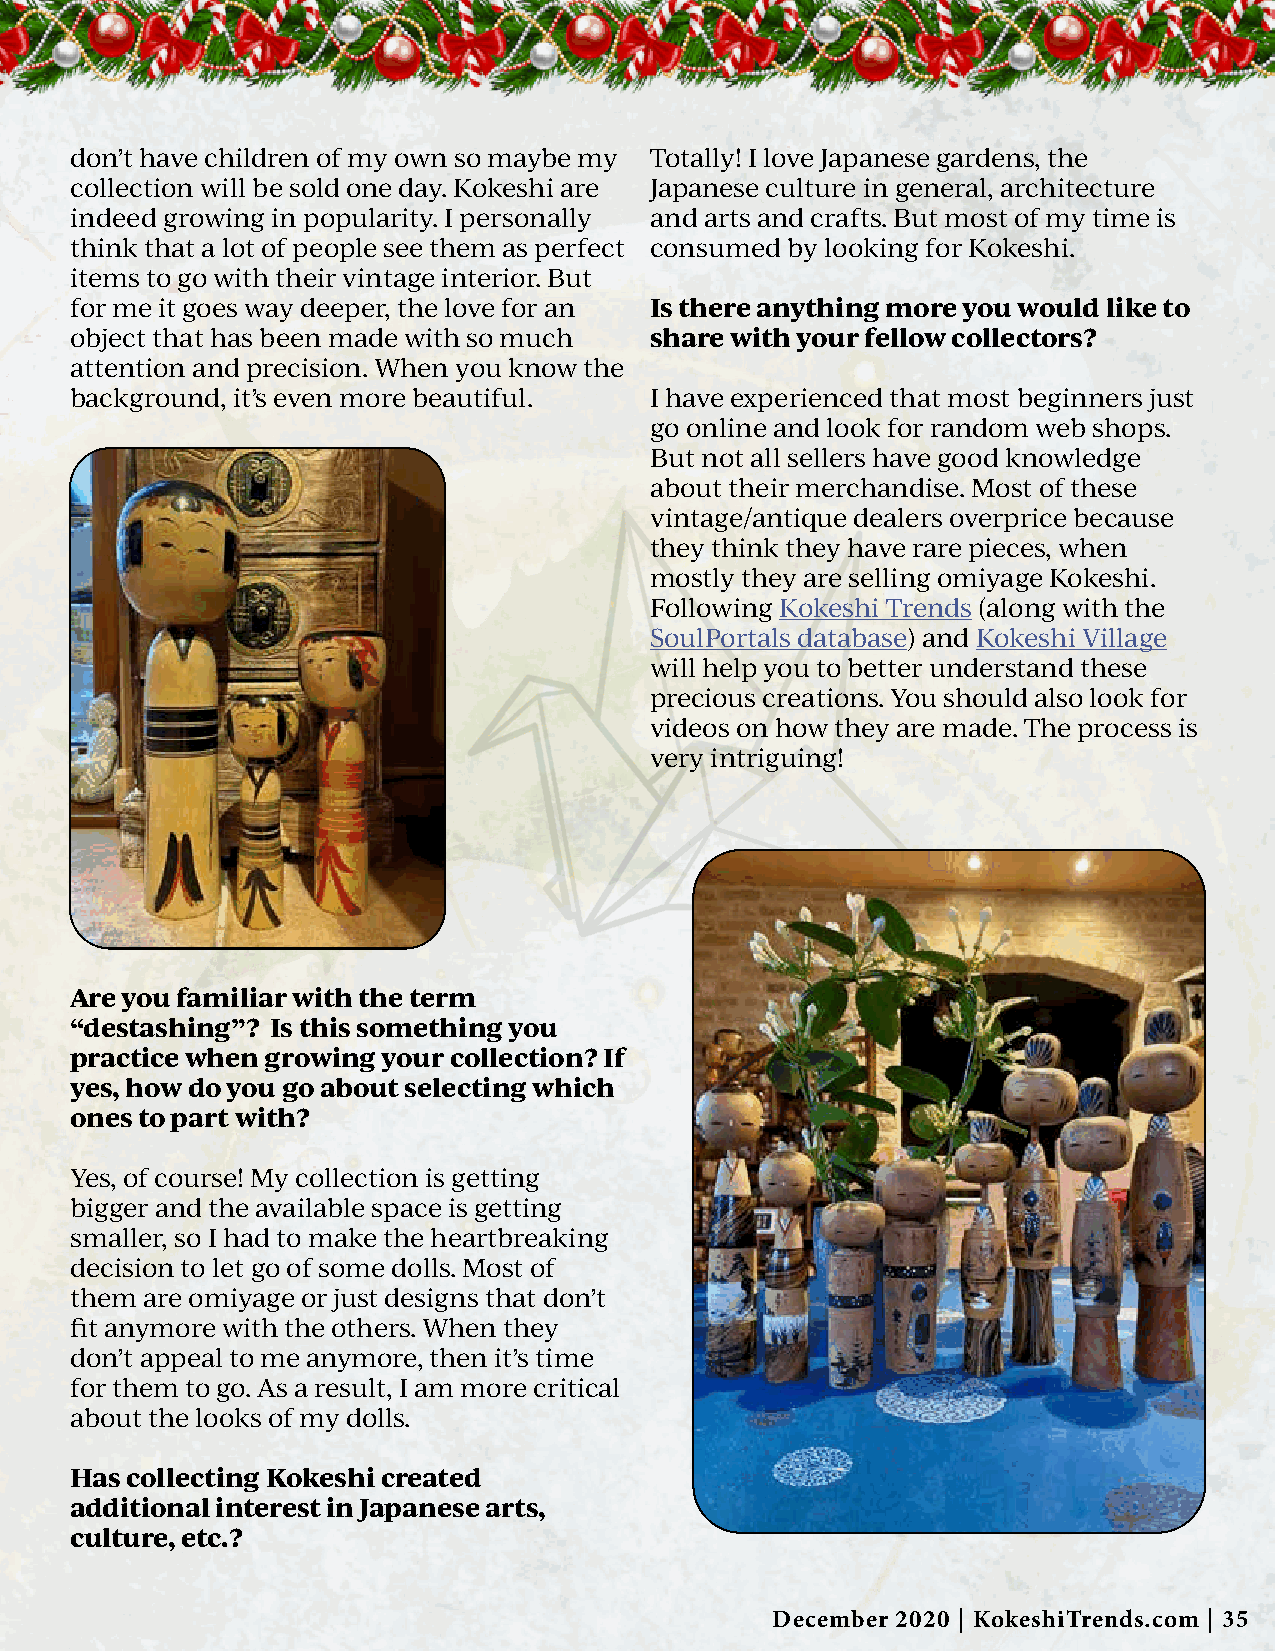
don’t have children of my own so maybe my Totally! I love Japanese gardens, the
 collection will be sold one day. Kokeshi are Japanese culture in general, architecture
 indeed growing in popularity. I personally and arts and crafts. But most of my time is
 think that a lot of people see them as perfect consumed by looking for Kokeshi.
 items to go with their vintage interior. But
 for me it goes way deeper, the love for an Is there anything more you would like to
 object that has been made with so much share with your fellow collectors?
 attention and precision. When you know the
 background, it’s even more beautiful. I have experienced that most beginners just
 go online and look for random web shops.
 But not all sellers have good knowledge
 about their merchandise. Most of these
 vintage/antique dealers overprice because
 they think they have rare pieces, when
 mostly they are selling omiyage Kokeshi.
 Following Kokeshi Trends (along with the
 SoulPortals database) and Kokeshi Village
 will help you to better understand these
 precious creations. You should also look for
 videos on how they are made. The process is
 very intriguing!
 Are you familiar with the term
 “destashing”? Is this something you
 practice when growing your collection? If
 yes, how do you go about selecting which
 ones to part with?
 Yes, of course! My collection is getting
 bigger and the available space is getting
 smaller, so I had to make the heartbreaking
 decision to let go of some dolls. Most of
 them are omiyage or just designs that don’t
 fit anymore with the others. When they
 don’t appeal to me anymore, then it’s time
 for them to go. As a result, I am more critical
 about the looks of my dolls.
 Has collecting Kokeshi created
 additional interest in Japanese arts,
 culture, etc.?
 December 2020 | KokeshiTrends.com | 35